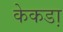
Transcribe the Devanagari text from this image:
केकडा़